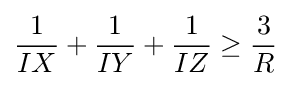
{\frac {1}{IX}}+{\frac {1}{IY}}+{\frac {1}{IZ}}\geq {\frac {3}{R}}